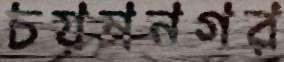
চয়ননগর